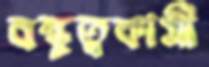
বন্ধুত্বকামী